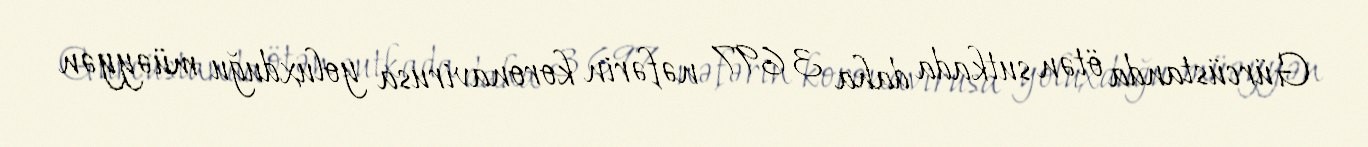
Gürcüstanda ötən sutkada daha 3 697 nəfərin koronavirusa yoluxduğu müəyyən